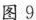
图 9